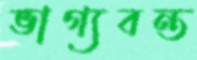
ভাগ্যবন্ত